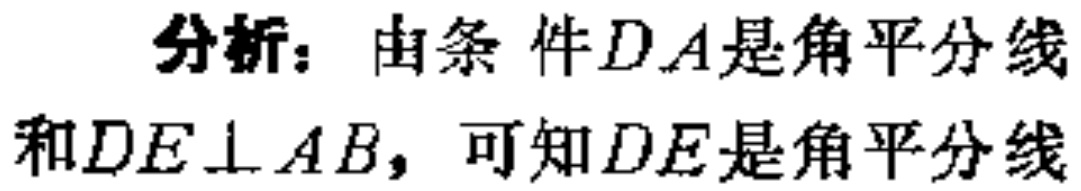
分析：由条件\(DA\)是角平分线和\(DE\perp AB\)，可知\(DE\)是角平分线